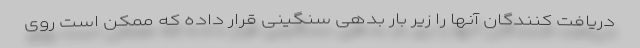
دریافت کنندگان آنها را زیر بار بدهی سنگینی قرار داده که ممکن است روی